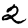
Digit: 2